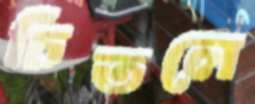
চিতলে